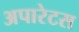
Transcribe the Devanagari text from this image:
अपारेटस